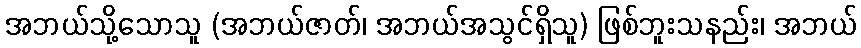
အဘယ်သို့သောသူ (အဘယ်ဇာတ်၊ အဘယ်အသွင်ရှိသူ) ဖြစ်ဘူးသနည်း၊ အဘယ်